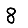
Digit: 8